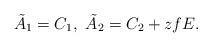
LaTeX: \begin{align*}\tilde{A}_{1} = C_{1},\ \tilde{A}_{2} = C_{2} + z f E.\end{align*}